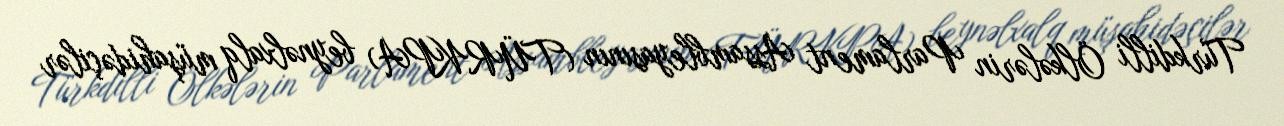
Türkdilli Ölkələrin Parlament Assambleyasının (TÜRKPA) beynəlxalq müşahidəçilər